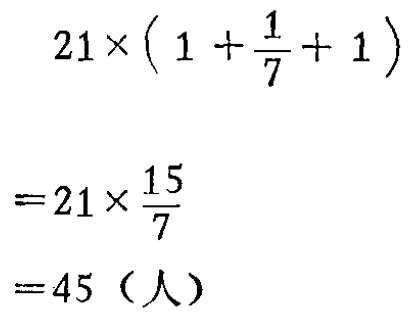
\[

\begin{align*}

&21\times(1 + \frac{1}{7}+ 1)\\

=&21\times\frac{15}{7}\\

=&45（人）

\end{align*}

\]